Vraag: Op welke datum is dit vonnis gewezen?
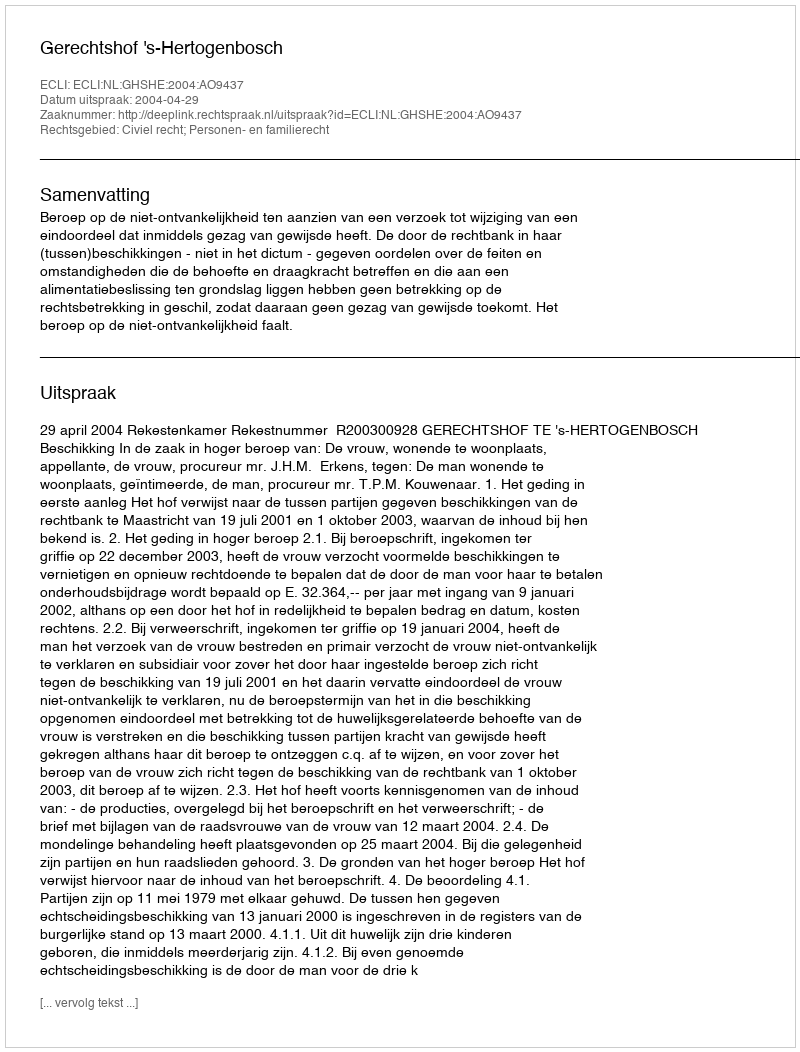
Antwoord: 2004-04-29